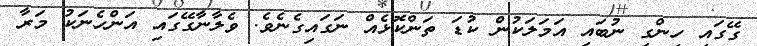
ގޭގައި ހިންގި ނުބައި އަމަލަކުން ކުޑަ ތަންކޮޅެއް ނަގައިގެނެވެ. ވެލާނާގޭގައި އަންހެނަކު މަރާ